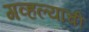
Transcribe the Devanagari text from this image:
गव्हल्याची